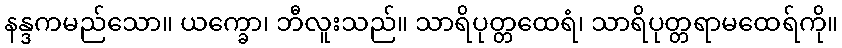
နန္ဒကမည်သော။ ယက္ခော၊ ဘီလူးသည်။ သာရိပုတ္တထေရံ၊ သာရိပုတ္တရာမထေရ်ကို။